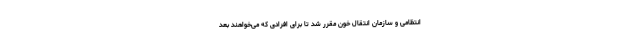
انتظامی و سازمان انتقال خون مقرر شد تا برای افرادی که می‌خواهند بعد